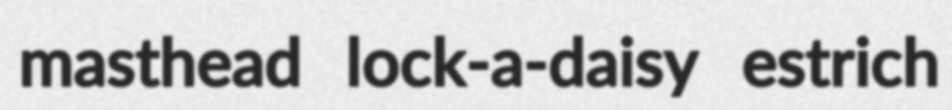
masthead lock-a-daisy estrich